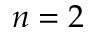
n = 2